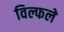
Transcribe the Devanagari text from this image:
विल्फले